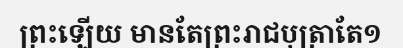
ព្រះឡើយ មានតែព្រះរាជបុត្រាតែ១